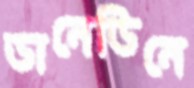
ডানেডিনে